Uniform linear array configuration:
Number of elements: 8
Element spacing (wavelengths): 0.75
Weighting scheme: blackman
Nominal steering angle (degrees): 0
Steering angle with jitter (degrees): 0.1762
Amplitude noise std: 0.05
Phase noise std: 0.05

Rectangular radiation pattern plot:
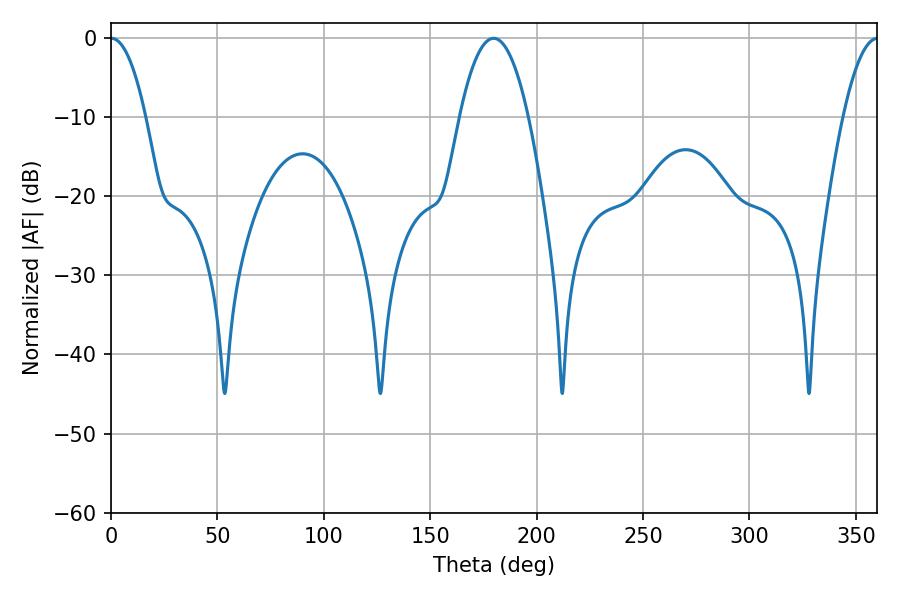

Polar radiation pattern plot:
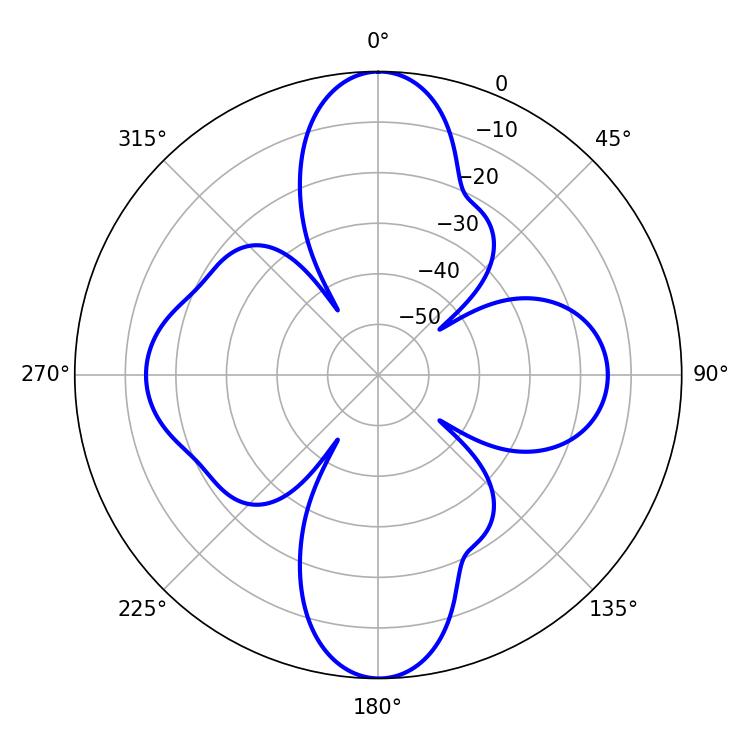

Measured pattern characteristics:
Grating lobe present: TRUE
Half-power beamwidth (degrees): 9.18
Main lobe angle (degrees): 0.18